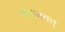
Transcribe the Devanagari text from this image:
भावजगत्